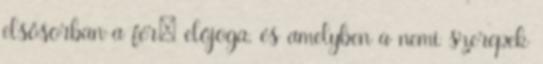
elsősorban a férﬁ előjoga, és amelyben a nemi szerepek